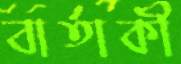
বার্তাকী